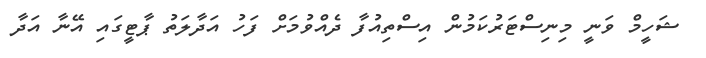
ޝަހީމް ވަނީ މިނިސްޓަރުކަމުން އިސްތިއުފާ ދެއްވުމަށް ފަހު އަދާލަތު ޕާޓީގައި އޭނާ އަދާ